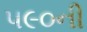
૫૯૦ની